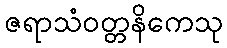
ဇရာသံဝတ္တနိကေသု